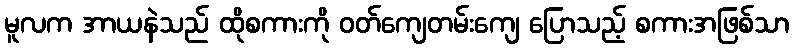
မူလက အာယနဲသည် ထိုစကားကို ဝတ်ကျေတမ်းကျေ ပြောသည့် စကားအဖြစ်သာ